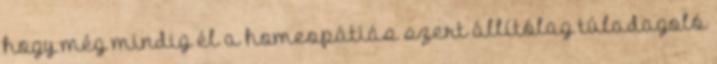
hogy még mindig él a homeopátiás szert állítólag túladagoló